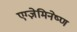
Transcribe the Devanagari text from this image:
एग्ज़ेमिनेष्ण